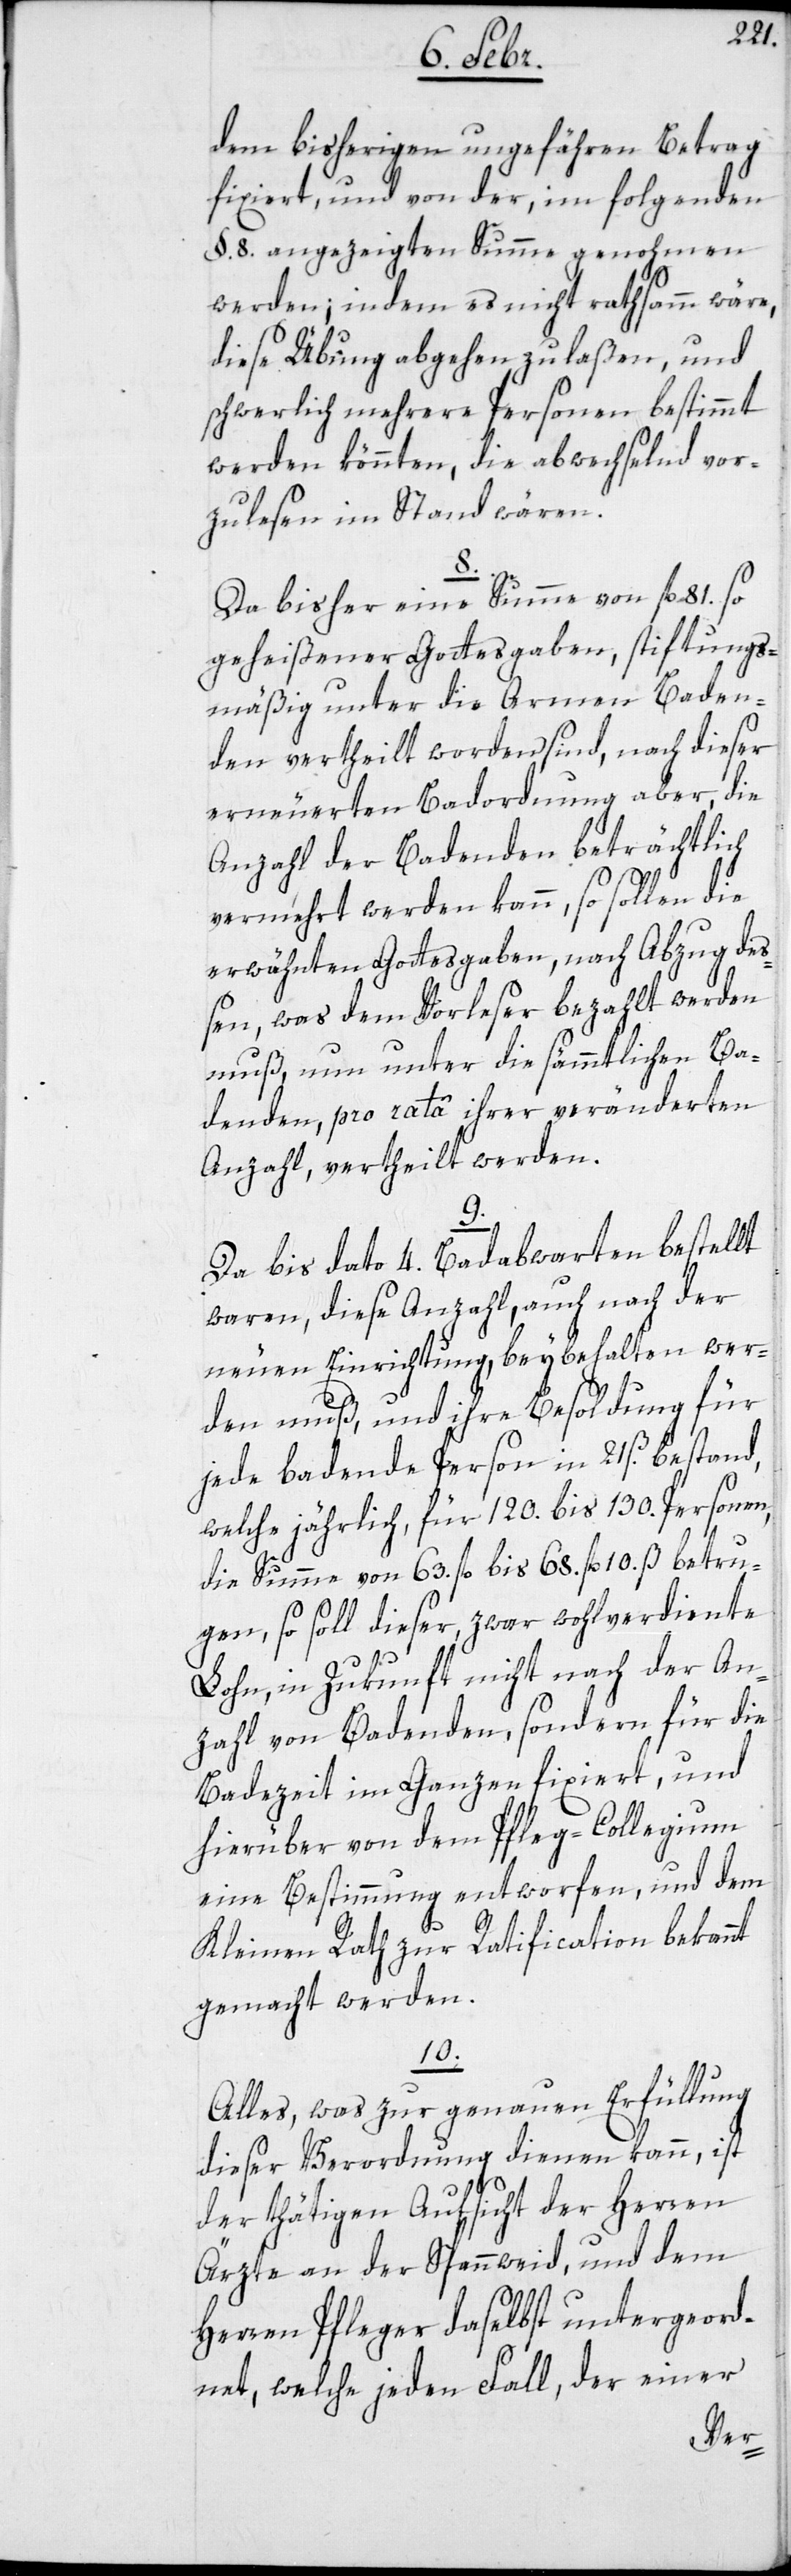
dem bisherigen ungefähren Betrag
fixiert, und von der, im folgenden
§. 8. angezeigten Summe genohmen
werden; indem es nicht rathsamm wäre,
diese Übung abgehen zu laßen, und
schwerlich mehrere Personen bestimmt
werden könnten, die abwechselnd vor¬
zulesen im Stand wären.
8.
Da bisher eine Summe von fl. 81. so
geheißener Gottesgaben, stiftungs¬
mäßig unter die Armen Baden¬
den vertheilt worden sind, nach dieser
erneuerten Badordnung aber, die
Anzahl der Badenden beträchtlich
vermehrt werden kann, so sollen die
erwähnten Gottesgaben, nach Abzug de¬
ßen, was dem Vorleser bezahlt werden
muß, nun unter die sämmtlichen Ba¬
denden, pro rata ihrer veränderten
Anzahl, vertheilt werden.
9.
Da bis dato 4. Badabwarten bestellt
waren, diese Anzahl, auch nach der
neuen Einrichtung, beybehalten wer¬
den muß, und ihre Besoldung für
jede badende Person in 21 ß. bestand,
welche jährlich, für 120. bis 130. Personen,
die Summe von 63. fl. bis 68. fl. 10. ß betru¬
gen, so soll dieser, zwar wohlverdiente
Lohn, in Zukunft nicht nach der An¬
zahl von Badenden, sondern für die
Badezeit im Ganzen fixiert, und
hierüber von dem Pfleg-Collegium
eine Bestimmung entworfen, und dem
Kleinen Rath zur Ratification bekannt
gemacht werden.
10.
Alles, was zur genauen Erfüllung
dieser Verordnung dienen kann, ist
der thätigen Aufsicht der Herren
Ärzte an der Spannweid, und dem
Herren Pfleger daselbst untergeord¬
net, welche jeden Fall, der einer